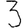
Digit: 3